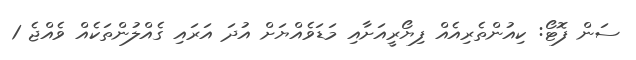
ސަން ފޮޓޯ: ކިއުންތެރިއެއް ފިޔޯރީއަށާއި މަޑަވެއްޔަށް އުދަ އަރައި ގެއްލުންތަކެއް ވެއްޖެ 1